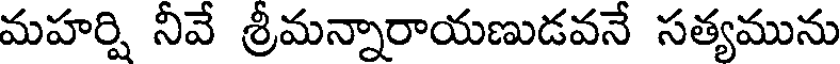
మహర్షి నీవే శ్రీమన్నారాయణుడవనే సత్యమును